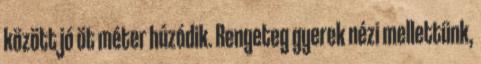
között jó öt méter húzódik. Rengeteg gyerek nézi mellettünk,